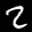
Label: 2